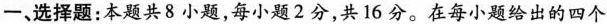
一、选择题：本题共8小题，每小题2分，共16分。在每小题给出的四个